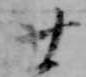
廿